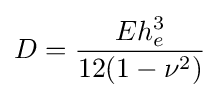
D={\dfrac {Eh_{e}^{3}}{12(1-\nu ^{2})}}